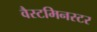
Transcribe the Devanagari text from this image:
वैस्टमिनस्टर